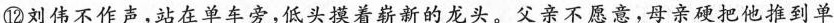
⑫刘伟不作声，站在单车旁，低头摸着崭新的龙头。父亲不愿意，母亲硬把他推到单